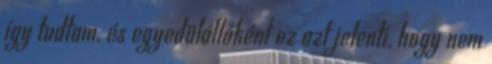
így tudtam, és egyedülállóként ez azt jelenti, hogy nem